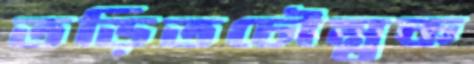
তড়িতচৌম্বক